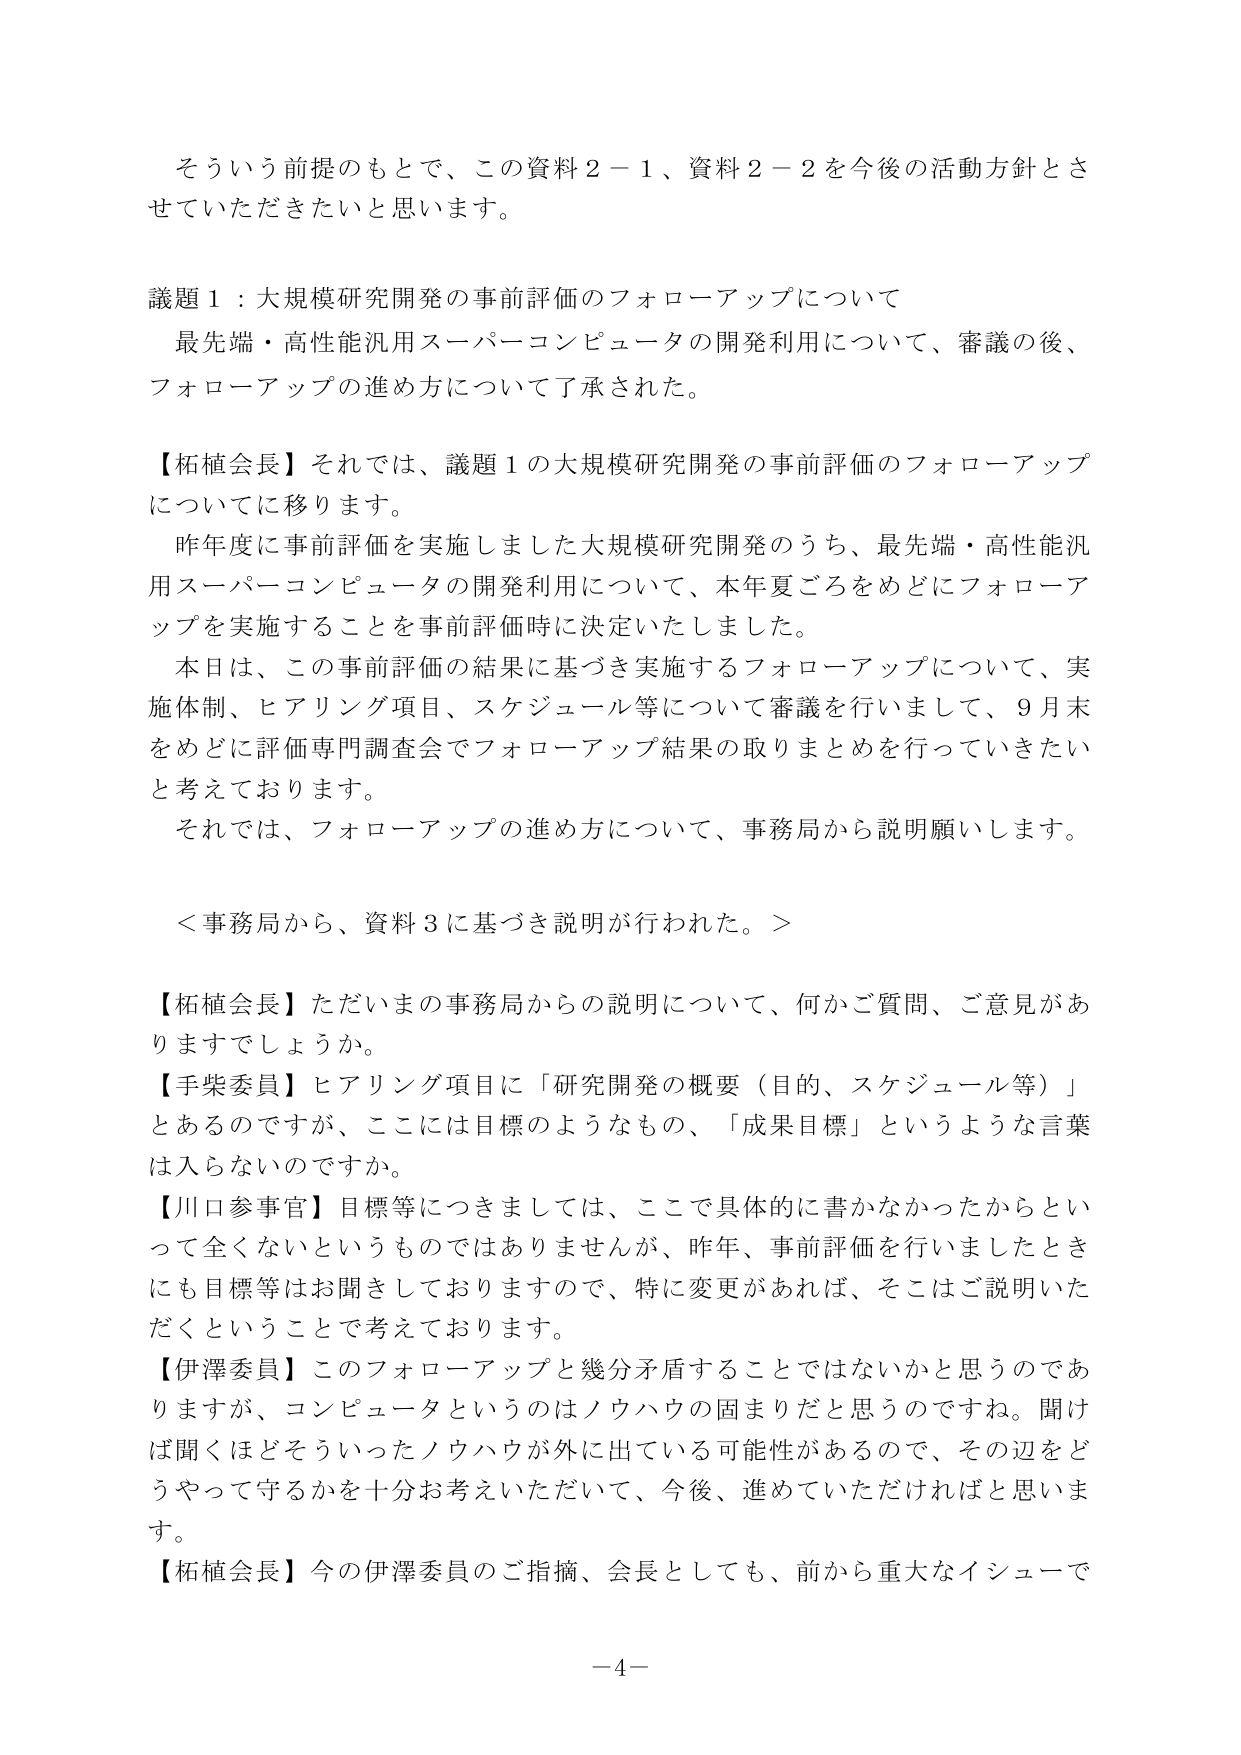
そういう前提のもとで、この資料２－１、資料２－２を今後の活動方針とさせていただきたいと思います。

議題１：大規模研究開発の事前評価のフォローアップについて
最先端・高性能汎用スーパーコンピュータの開発利用について、審議の後、フォローアップの進め方について了承された。

【柘植会長】それでは、議題１の大規模研究開発の事前評価のフォローアップについてに移ります。
昨年度に事前評価を実施しました大規模研究開発のうち、最先端・高性能汎用スーパーコンピュータの開発利用について、本年夏ごろをめどにフォローアップを実施することを事前評価時に決定いたしました。
本日は、この事前評価の結果に基づき実施するフォローアップについて、実施体制、ヒアリング項目、スケジュール等について審議を行いまして、９月末をめどに評価専門調査会でフォローアップ結果の取りまとめを行っていきたいと考えております。
それでは、フォローアップの進め方について、事務局から説明願いします。

＜事務局から、資料３に基づき説明が行われた。＞

【柘植会長】ただいまの事務局からの説明について、何かご質問、ご意見がありますでしょうか。
【手柴委員】ヒアリング項目に「研究開発の概要（目的、スケジュール等）」とあるのですが、ここには目標のようなもの、「成果目標」というような言葉は入らないのですか。
【川口参事官】目標等につきましては、ここで具体的に書かなかったからといって全くないというものではありませんが、昨年、事前評価を行いましたときにも目標等はお聞きしておりますので、特に変更があれば、そこはご説明いただくということで考えております。
【伊澤委員】このフォローアップと幾分矛盾することではないかと思うのでありますが、コンピュータというのはノウハウの固まりだと思うのですね。聞けば聞くほどそういったノウハウが外に出ている可能性があるので、その辺をどうやって守るかを十分お考えいただいて、今後、進めていただければと思います。
【柘植会長】今の伊澤委員のご指摘、会長としても、前から重大なイシューで

－4－